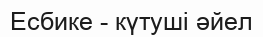
Есбике - күтуші әйел